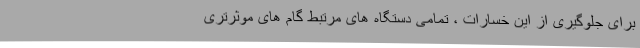
برای جلوگیری از این خسارات ، تمامی دستگاه های مرتبط گام های موثرتری